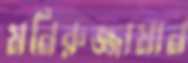
মনিরুজ্জামান